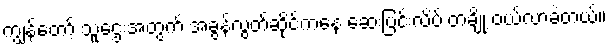
ကျွန်တော့် သူဌေးအတွက် အခွန်လွတ်ဆိုင်ကနေ ဆေးပြင်းလိပ် တချို့ ဝယ်လာခဲ့တယ်။